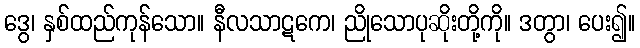
ဒွေ၊ နှစ်ထည်ကုန်သော။ နီလသာဋကေ၊ ညိုသောပုဆိုးတို့ကို။ ဒတွာ၊ ပေး၍။